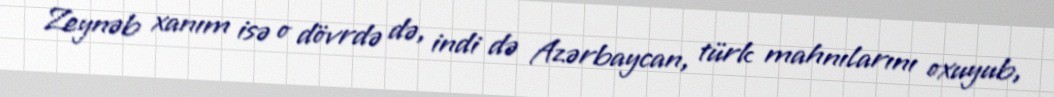
Zeynəb xanım isə o dövrdə də, indi də Azərbaycan, türk mahnılarını oxuyub,